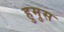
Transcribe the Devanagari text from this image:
हुमुस